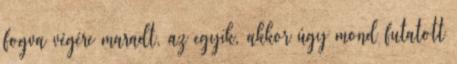
fogva végére maradt, az egyik, akkor úgy mond futatott